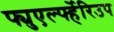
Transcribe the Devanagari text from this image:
फ्युएर्ल्फ्हेरिउप